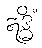
ဣဒ္ဓိံ